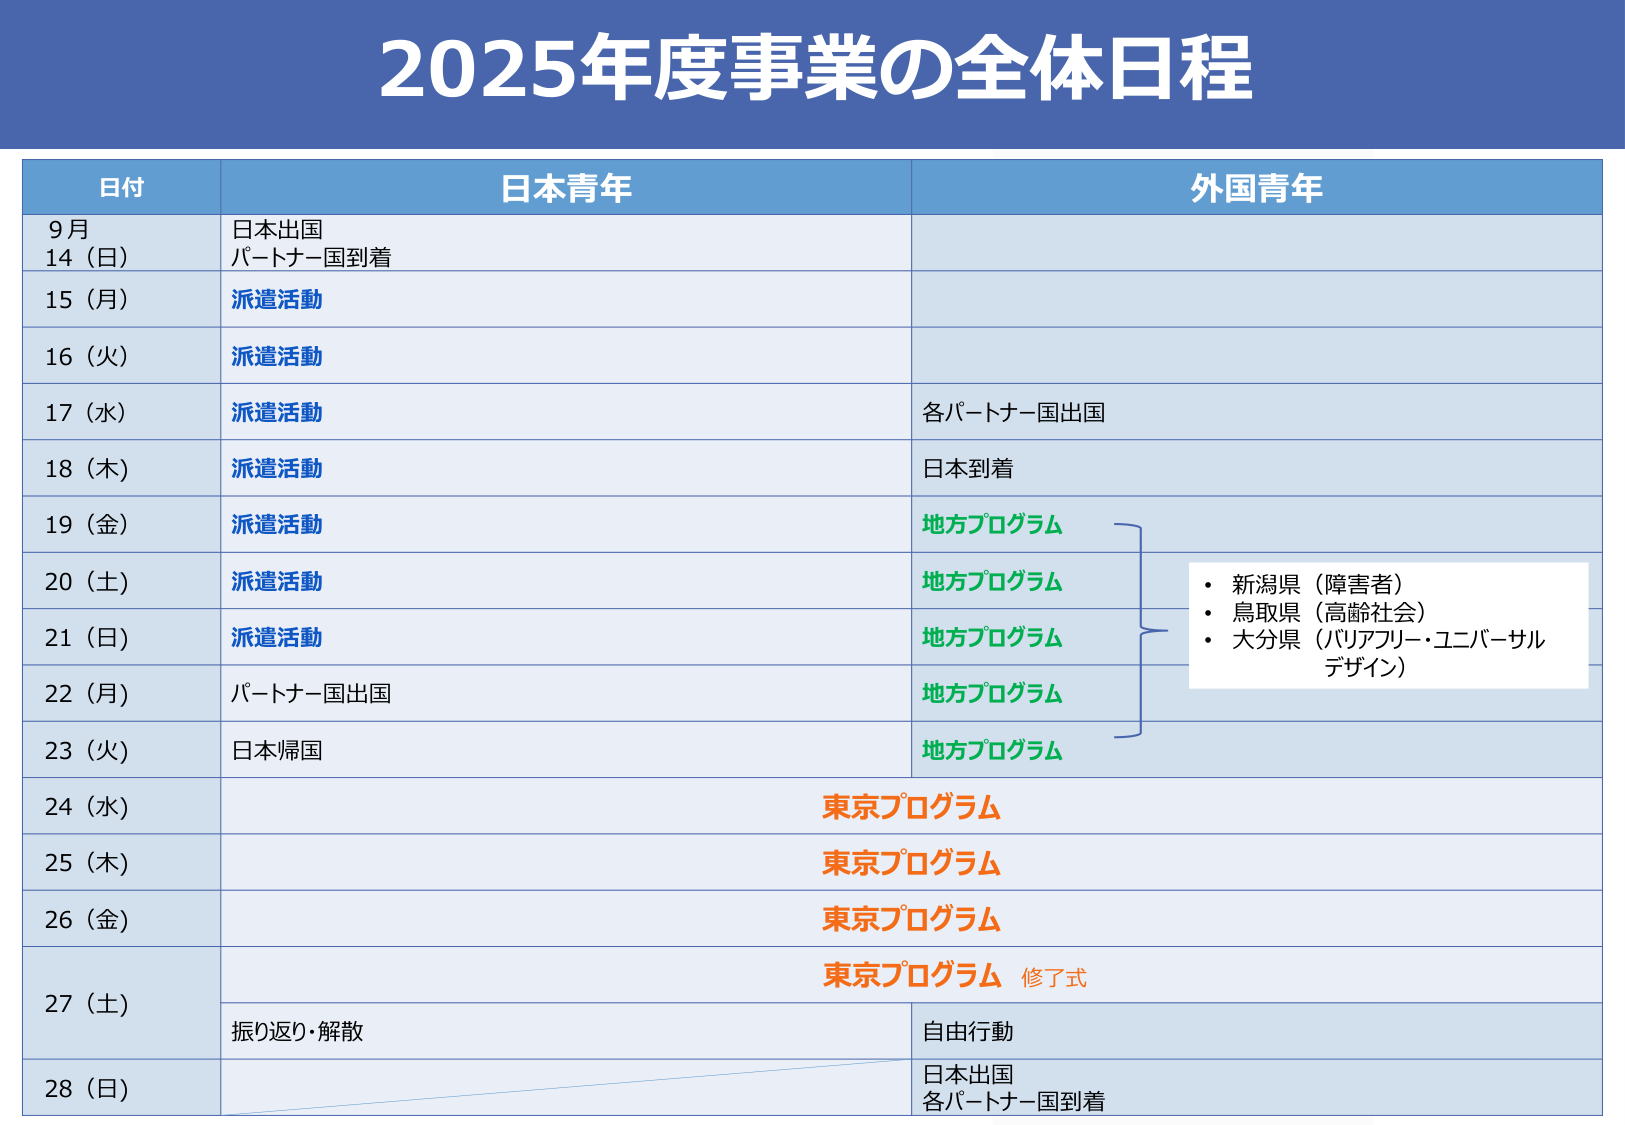
2025年度事業の全体日程

日付 日本青年 外国青年
9月 14（日） 日本出国 パートナー国到着
15（月） 派遣活動
16（火） 派遣活動
17（水） 派遣活動 各パートナー国出国
18（木） 派遣活動 日本到着
19（金） 派遣活動 地方プログラム
20（土） 派遣活動 地方プログラム
21（日） 派遣活動 地方プログラム
22（月） パートナー国出国 地方プログラム
23（火） 日本帰国 地方プログラム
24（水） 東京プログラム
25（木） 東京プログラム
26（金） 東京プログラム
27（土） 東京プログラム 修了式 振り返り・解散 自由行動
28（日） 日本出国 各パートナー国到着

・新潟県（障害者）
・鳥取県（高齢社会）
・大分県（バリアフリー・ユニバーサルデザイン）